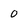
Character: 0